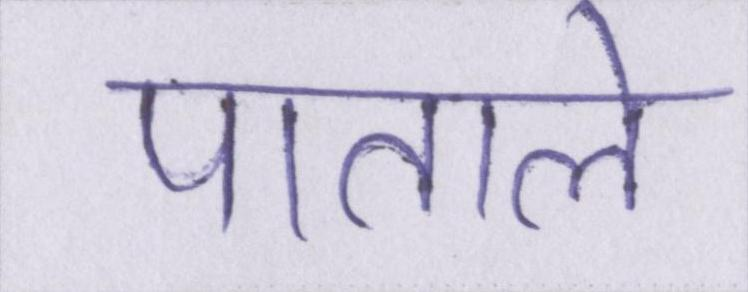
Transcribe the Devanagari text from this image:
पाताले